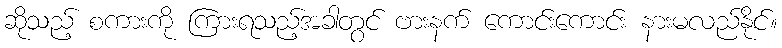
ဆိုသည့် စကားကို ကြားရသည့်အခါတွင် ဗားနက် ကောင်းကောင်း နားမလည်နိုင်။